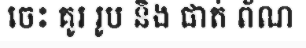
ចេះ គូរ រូប និង ផាត់ ព័ណ